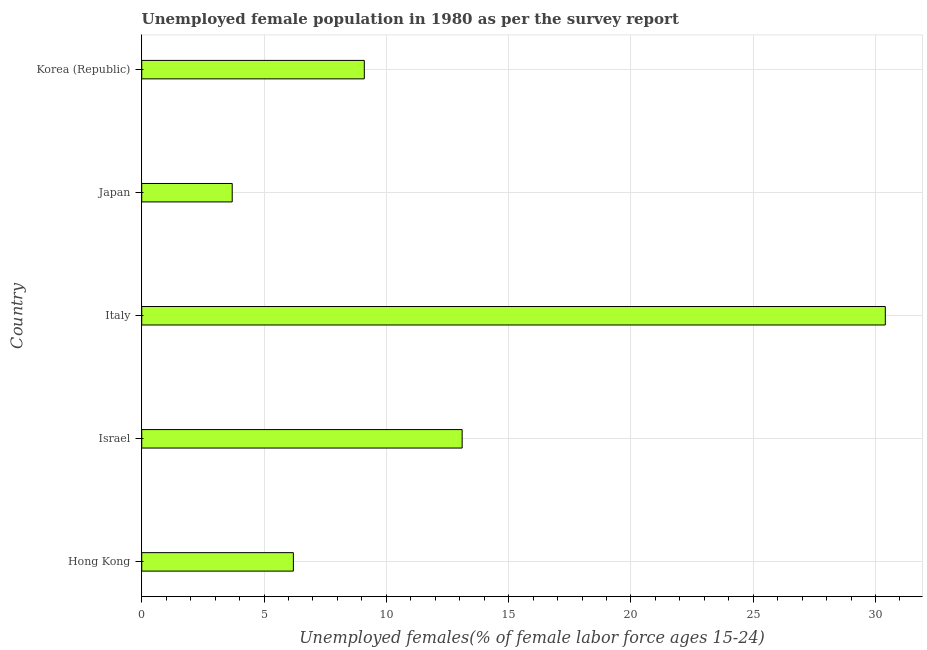
| Country | Unemployment youth female |
 | --- | --- |
 | Hong Kong | 6.2 |
 | Israel | 13.1 |
 | Italy | 30.4 |
 | Japan | 3.7 |
 | Korea (Republic) | 9.1 |